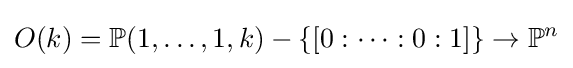
O(k)=\mathbb {P} (1,\ldots ,1,k)-\{[0:\cdots :0:1]\}\to \mathbb {P} ^{n}